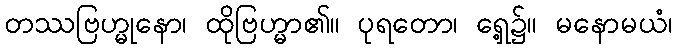
တဿဗြဟ္မုနော၊ ထိုဗြဟ္မာ၏။ ပုရတော၊ ရှေ့၌။ မနောမယံ၊